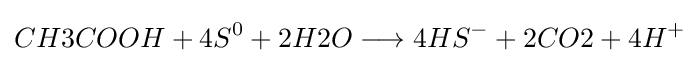
CH3COOH+4S^{0}+2H2O\longrightarrow 4HS^{-}+2CO2+4H^{+}